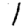
Digit: 1